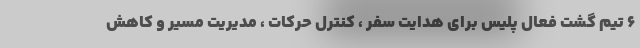
۶ تیم گشت فعال پلیس برای هدایت سفر ، کنترل حرکات ، مدیریت مسیر و کاهش